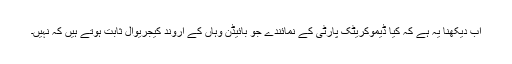
اب دیکھنا یہ ہے کہ کیا ڈیموکریٹک پارٹی کے نمائندے جو بائیڈن وہاں کے اروند کیجریوال ثابت ہوتے ہیں کہ نہیں۔